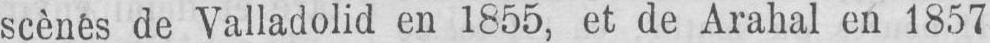
scènes de Valladolid en 1855, et de Arahal en 1857